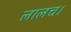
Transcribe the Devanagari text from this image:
लालच।